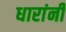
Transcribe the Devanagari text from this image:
धारांनी